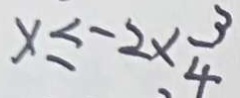
x \leq - 2 \times \frac { 3 } { 4 }